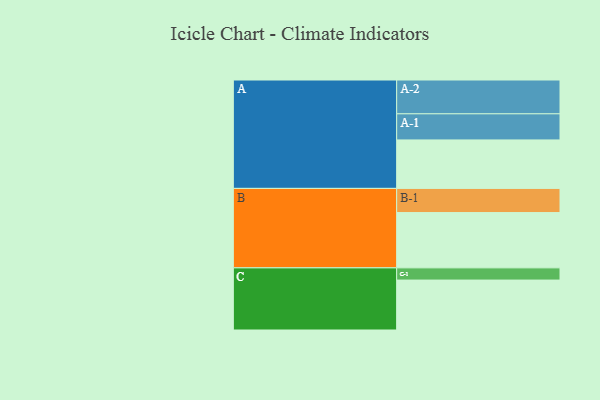
{"axis": {"x": "Segment", "y": "Value"}, "legend": ["", "A", "B", "C"], "data": [{"x": "A", "y": 397, "type": ""}, {"x": "B", "y": 453, "type": ""}, {"x": "C", "y": 409, "type": ""}, {"x": "A-1", "y": 214, "type": "A"}, {"x": "A-2", "y": 277, "type": "A"}, {"x": "B-1", "y": 198, "type": "B"}, {"x": "C-1", "y": 100, "type": "C"}]}